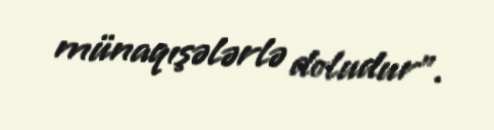
münaqışələrlə doludur”.